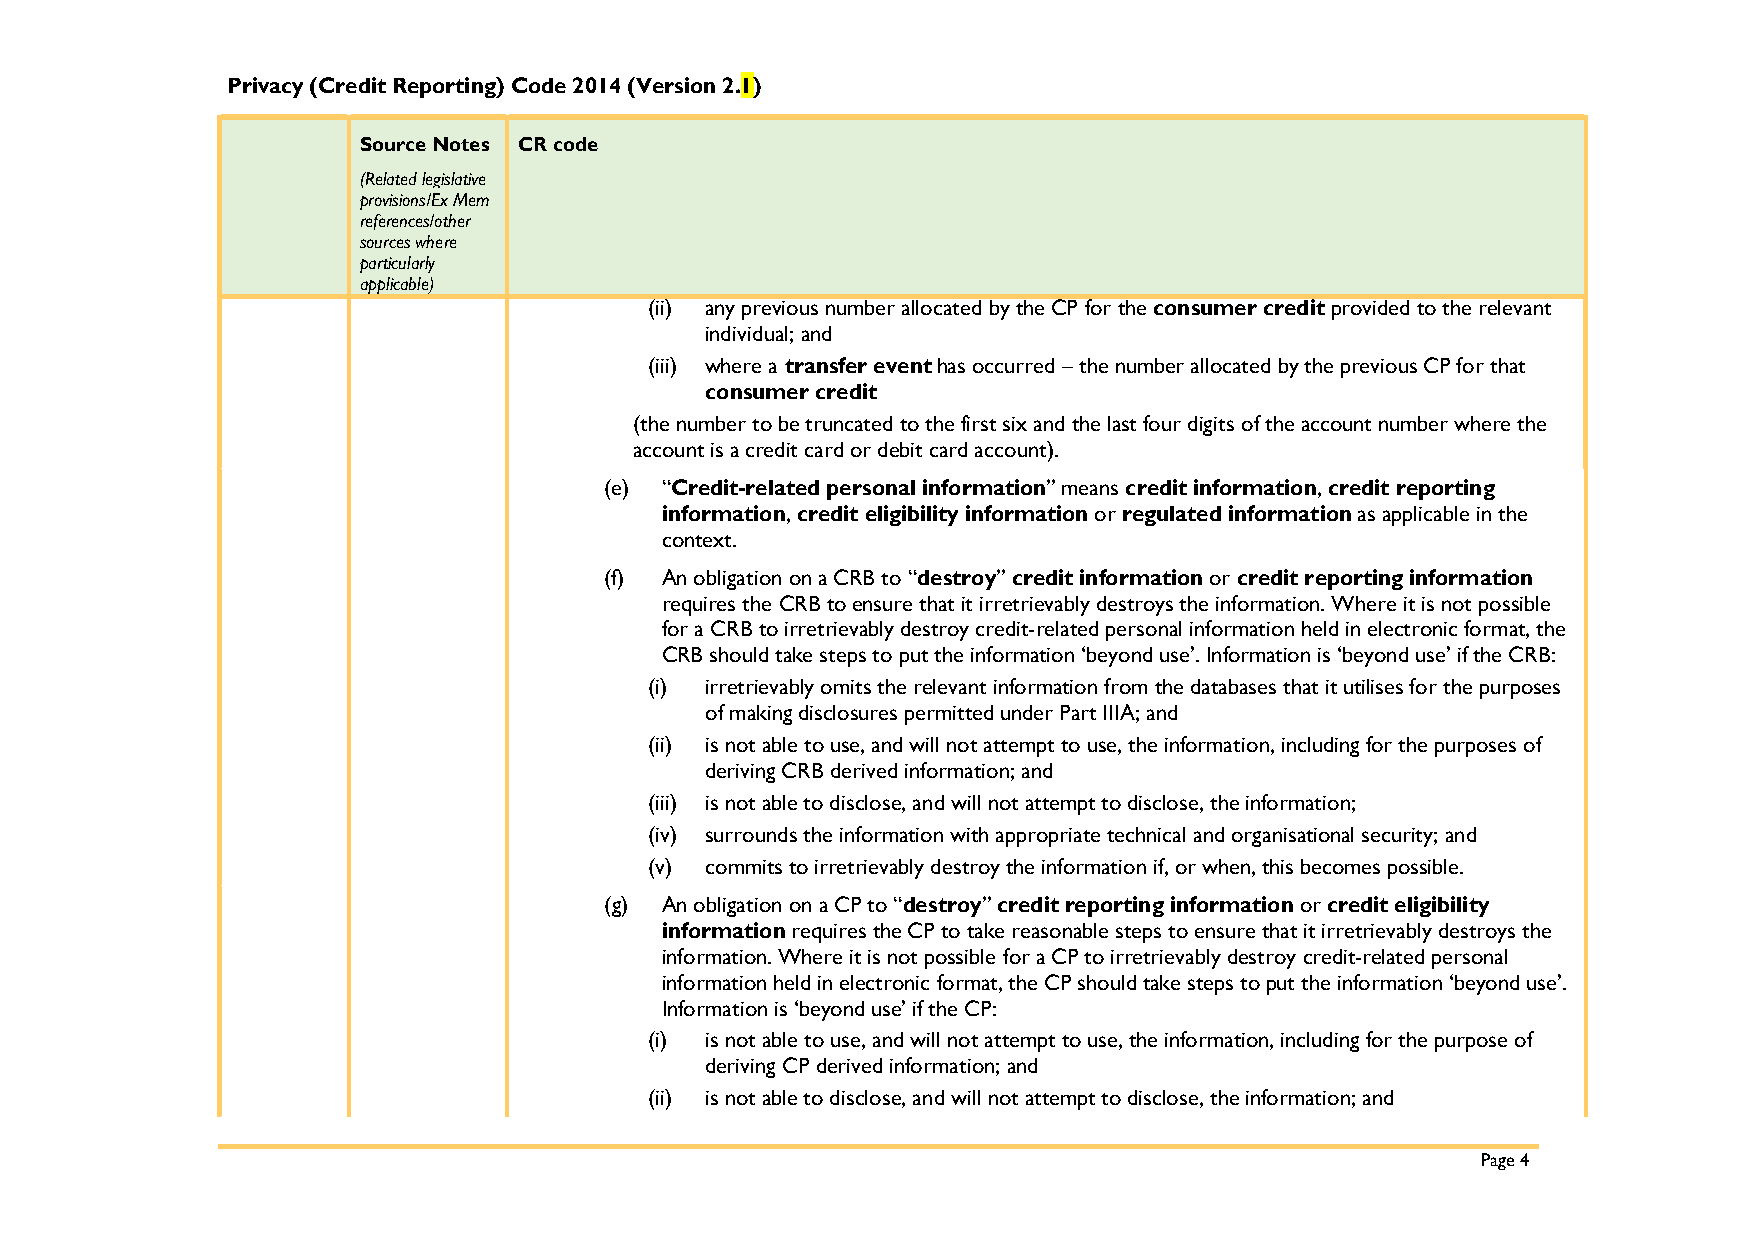
Privacy (Credit Reporting) Code 2014 (Version 2.1)
 Source Notes CR code
 (Related legislative
 provisions/Ex Mem
 references/other
 sources where
 particularly
 applicable)
 (ii) any previous number allocated by the CP for the consumer credit provided to the relevant
 individual; and
 (iii) where a transfer event has occurred – the number allocated by the previous CP for that
 consumer credit
 (the number to be truncated to the first six and the last four digits of the account number where the
 account is a credit card or debit card account).
 (e) “Credit-related personal information” means credit information, credit reporting
 information, credit eligibility information or regulated information as applicable in the
 context.
 (f) An obligation on a CRB to “destroy” credit information or credit reporting information
 requires the CRB to ensure that it irretrievably destroys the information. Where it is not possible
 for a CRB to irretrievably destroy credit-related personal information held in electronic format, the
 CRB should take steps to put the information ‘beyond use’. Information is ‘beyond use’ if the CRB:
 (i) irretrievably omits the relevant information from the databases that it utilises for the purposes
 of making disclosures permitted under Part IIIA; and
 (ii) is not able to use, and will not attempt to use, the information, including for the purposes of
 deriving CRB derived information; and
 (iii) is not able to disclose, and will not attempt to disclose, the information;
 (iv) surrounds the information with appropriate technical and organisational security; and
 (v) commits to irretrievably destroy the information if, or when, this becomes possible.
 (g) An obligation on a CP to “destroy” credit reporting information or credit eligibility
 information requires the CP to take reasonable steps to ensure that it irretrievably destroys the
 information. Where it is not possible for a CP to irretrievably destroy credit-related personal
 information held in electronic format, the CP should take steps to put the information ‘beyond use’.
 Information is ‘beyond use’ if the CP:
 (i) is not able to use, and will not attempt to use, the information, including for the purpose of
 deriving CP derived information; and
 (ii) is not able to disclose, and will not attempt to disclose, the information; and
 Page 4